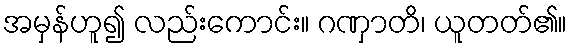
အမှန်ဟူ၍ လည်းကောင်း။ ဂဏှာတိ၊ ယူတတ်၏။